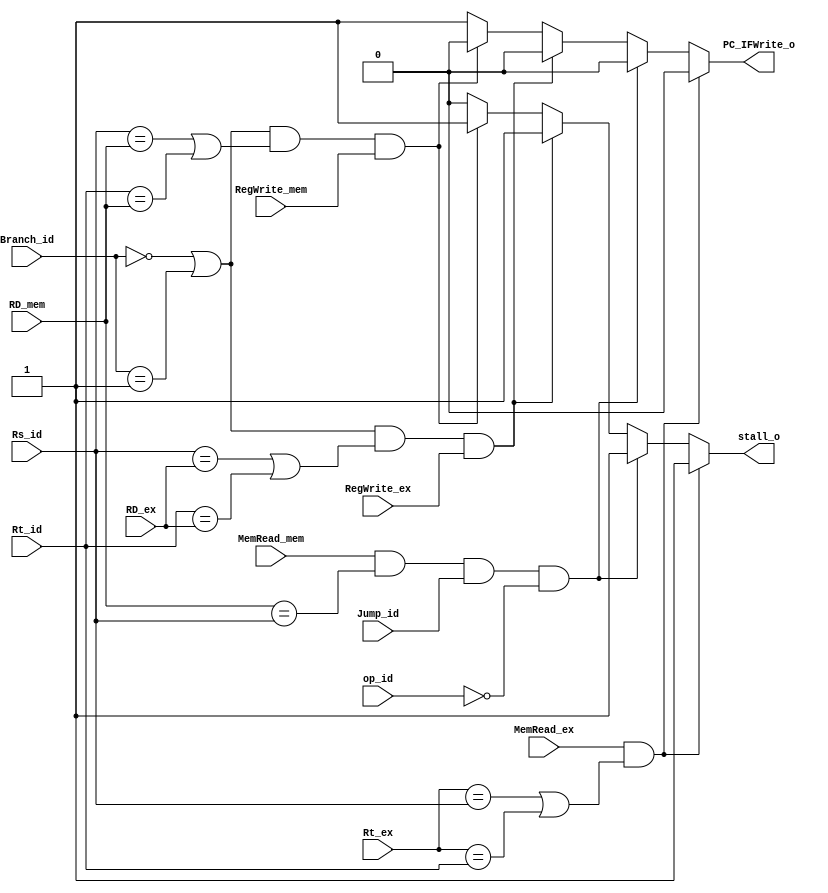
//Hazard Detection Unit (combinational element)
module HDU(
  input       MemRead_ex,
  input       MemRead_mem,
  input [4:0] Rs_id,
  input [4:0] Rt_id,
  input [4:0] Rt_ex,
  input [4:0] RD_ex,
  input [4:0] RD_mem,
  input       Jump_id,
  input [5:0] op_id,
  input       RegWrite_ex,
  input       RegWrite_mem,
  input [2:0] Branch_id,
  
  output stall_o,
  output PC_IFWrite_o
  );
  reg stall, PC_IFWrite;
  always@(*)
  begin
    if (MemRead_ex && ((Rt_ex == Rs_id) || (Rt_ex == Rt_id)))
      begin
        stall <= 1'b1;
        PC_IFWrite <= 1'b0;//forbit the update of PC and IF_ID
      end
    else if (MemRead_mem && (RD_mem == Rs_id) && Jump_id && !op_id)//jalr, jr
      begin
        stall  <= 1'b1;
        PC_IFWrite <= 1'b0;
      end
    else if ((Branch_id == 3'b0 || Branch_id == 3'b001) && ((Rs_id == RD_ex) || (Rt_id == RD_ex)) && RegWrite_ex)//beq, bne
      begin
        stall <= 1'b1;
        PC_IFWrite <= 1'b0;
      end
    else if ((Branch_id == 3'b0 || Branch_id == 3'b001) && ((Rs_id == RD_mem) || (Rt_id == RD_mem)) && RegWrite_mem)//beq, bne
      begin
        stall <= 1'b1;
        PC_IFWrite <= 1'b0;
      end
    else
      begin
        stall <= 1'b0;
        PC_IFWrite <= 1'b1;
      end
  end
  assign PC_IFWrite_o = PC_IFWrite;
  assign stall_o = stall;
endmodule